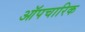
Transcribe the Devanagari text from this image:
ऑपचारिक